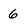
Character: 6